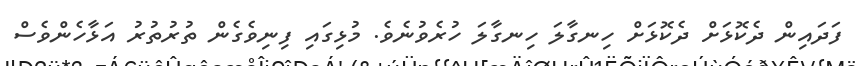
ފަދައިން ދެކޮޅަށް ދެކޮޅަށް ހިނގާލަ ހިނގާލަ ހުރެވުނެވެ. މުޅިގައި ފިނިވެގެން ތުރުތުރު އަޅާހެންވެސް